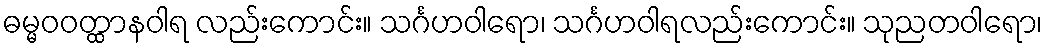
ဓမ္မဝဝတ္ထာနဝါရ လည်းကောင်း။ သင်္ဂဟဝါရော၊ သင်္ဂဟဝါရလည်းကောင်း။ သုညတဝါရော၊